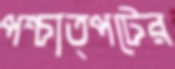
পশ্চাত্পটের